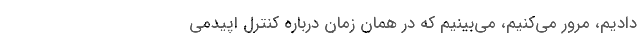
دادیم، مرور می‌کنیم، می‌بینیم که در همان زمان درباره کنترل اپیدمی